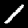
Label: 1